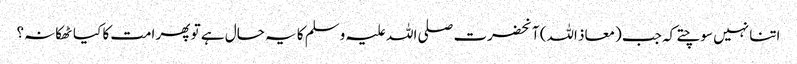
اتنا نہیں سوچتے کہ جب (معاذ اللہ) آنحضرت صلی اللہ علیہ وسلم کا یہ حال ہے تو پھر امت کا کیا ٹھکانہ؟